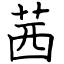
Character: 茜